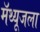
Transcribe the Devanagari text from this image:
मॅथ्यूजला